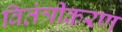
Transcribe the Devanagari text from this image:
वितंत्रीकरण